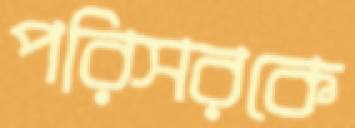
পরিসরকে